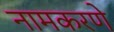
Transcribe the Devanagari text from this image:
नामकरणे